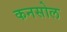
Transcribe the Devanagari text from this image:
कनसोल